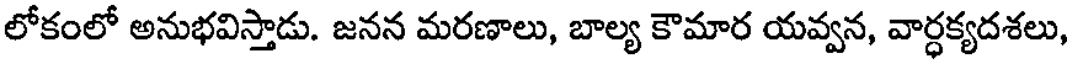
లోకంలో అనుభవిస్తాడు. జనన మరణాలు, బాల్య కౌమార యవ్వన, వార్ధక్యదశలు,